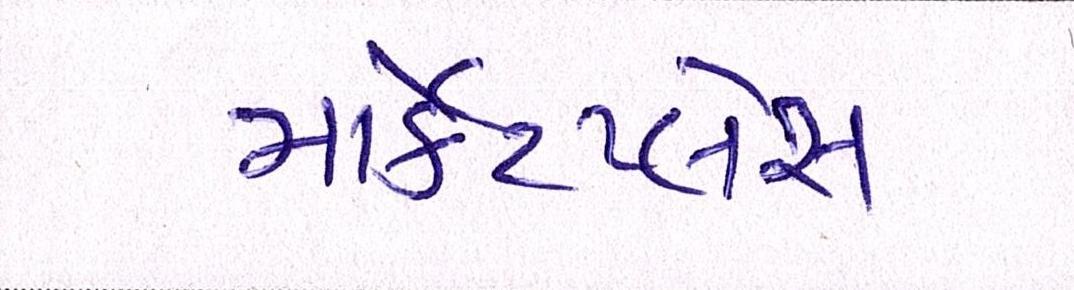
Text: માર્કેટપ્લેસ